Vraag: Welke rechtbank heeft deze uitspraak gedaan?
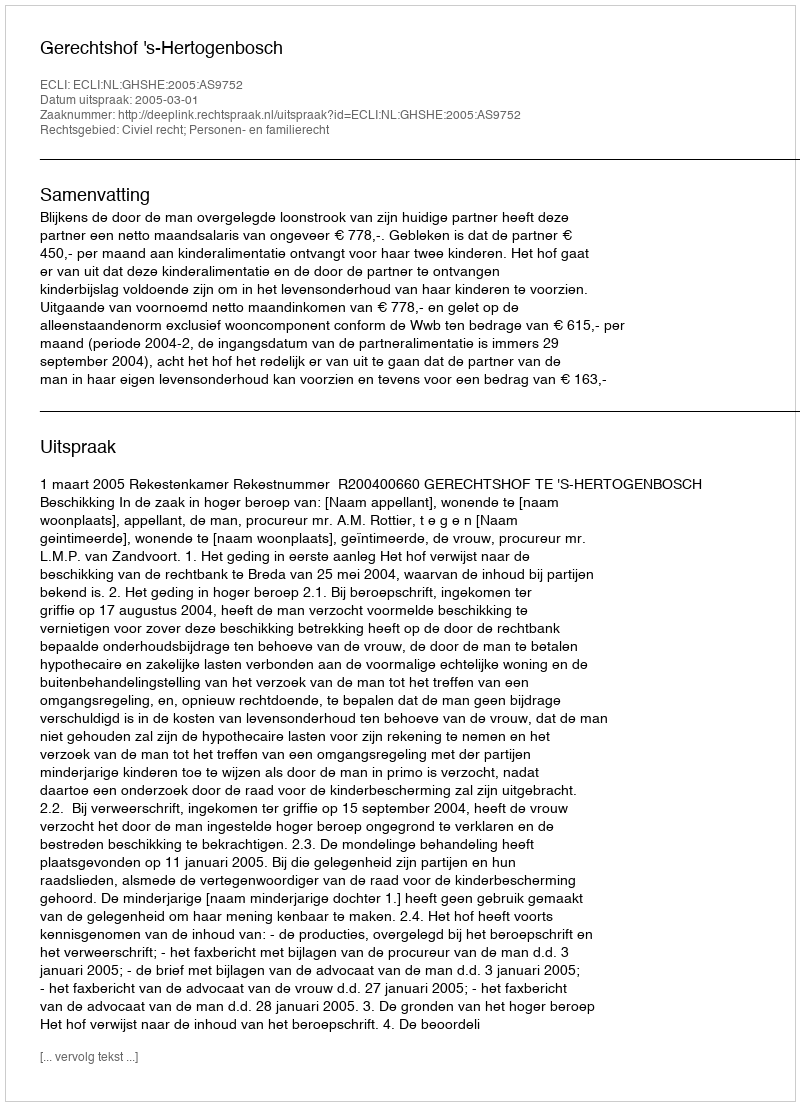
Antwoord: Gerechtshof 's-Hertogenbosch